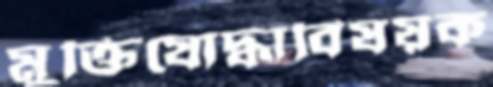
মুক্তিযোদ্ধাবিষয়ক